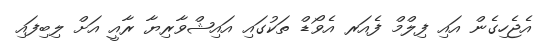
އެޖެހިގެން އައި ފިލްމް ފެއަރ އެވޯޑް ތަކުގައި އައިޝްވާރިޔާ ރާއީ އަށް ލިބިފައި